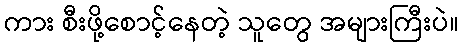
ကား စီးဖို့စောင့်နေတဲ့ သူတွေ အများကြီးပဲ။